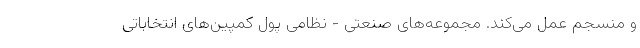
و منسجم عمل می‌کند. مجموعه‌های صنعتی - نظامی پول کمپین‌های انتخاباتی